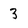
Character: 3